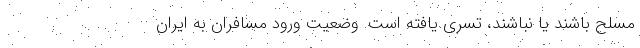
مسلح باشند یا نباشند، تسری یافته است. وضعیت ورود مسافران به ایران